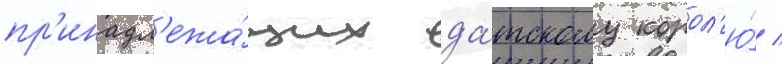
пр'инадл'ежа́щих да́тскому корол'ю́ /